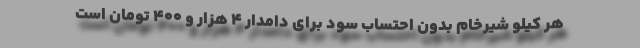
هر کیلو شیرخام بدون احتساب سود برای دامدار ۴ هزار و ۴۰۰ تومان است